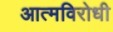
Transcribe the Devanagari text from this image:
आत्मविरोधी